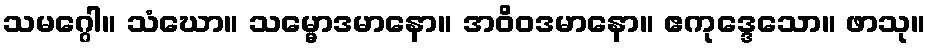
သမဂ္ဂေါ။ သံဃော။ သမ္မောဒမာနော။ အဝိဝဒမာနော။ ဧကုဒ္ဒေသော။ ဖာသု။